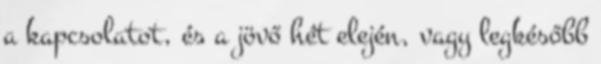
a kapcsolatot, és a jövő hét elején, vagy legkésőbb